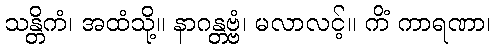
သန္တိကံ၊ အထံသို့။ နာဂန္တဗ္ဗံ၊ မလာလင့်။ ကိံ ကာရဏာ၊